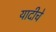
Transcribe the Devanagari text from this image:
यादीचे